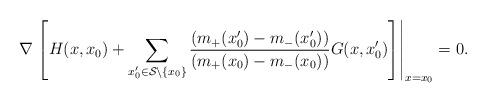
LaTeX: \begin{align*}\nabla\left.\left[H(x,x_0)+\sum_{x_0'\in{\cal S}\setminus\{x_0\}}\frac{(m_+(x_0')-m_-(x_0'))}{(m_+(x_0)-m_-(x_0))}G(x,x_0')\right]\right|_{x=x_0}=0. \end{align*}